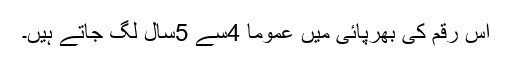
اس رقم کی بھرپائی میں عموماً 4سے 5سال لگ جاتے ہیں۔